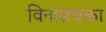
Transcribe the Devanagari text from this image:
विनाशचक्रा